Vaccination in Burma 1920-1933 - 1920-1933
Year: 1920
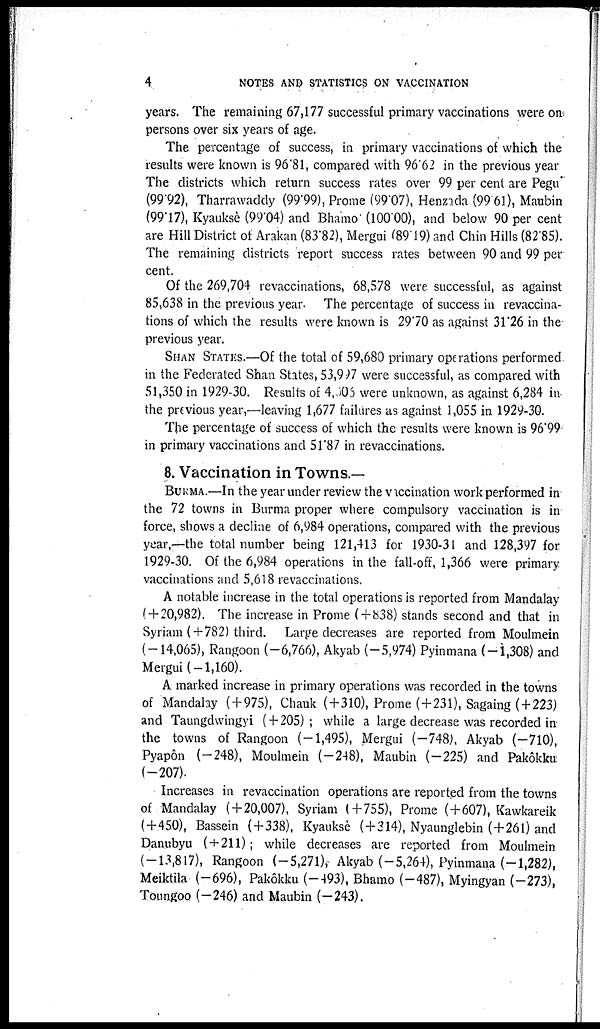
4
NOTES AND STATISTICS ON VACCINATION
years. The remaining 67,177 successful primary vaccinations were on
persons over six years of age.
The percentage of success, in primary vaccinations of which the
results were known is 96.81, compared with 96.62 in the previous year
The districts which return success rates over 99 per cent are Pegu
(99.92), Tharrawaddy (99.99), Prome (99.07), Henzada (99.61), Maubin
(99.17), Kyauksè (99.04) and Bhamo (100.00), and below 90 per cent
are Hill District of Arakan (83.82), Mergui (89.19) and Chin Hills (82.85).
The remaining districts report success rates between 90 and 99 per
cent.
Of the 269,704 revaccinations, 68,578 were successful, as against
85,638 in the previous year. The percentage of success in revaccina-
tions of which the results were known is 29.70 as against 31.26 in the
previous year.
SHAN STATES.—Of the total of 59,680 primary operations performed
in the Federated Shan States, 53,997 were successful, as compared with
51,350 in 1929-30. Results of 4,606 were unknown, as against 6,284 in
the previous year,—leaving 1,677 failures as against 1,055 in 1929-30.
The percentage of success of which the results were known is 96.99
in primary vaccinations and 51.87 in revaccinations.
8. Vaccination in Towns.—
BURMA.—In the year under review the vaccination work performed in
the 72 towns in Burma proper where compulsory vaccination is in
force, shows a decline of 6,984 operations, compared with the previous
year,—the total number being 121,413 for 1930-31 and 128,397 for
1929-30. Of the 6,984 operations in the fall-off, 1,366 were primary
vaccinations and 5,618 revaccinations.
A notable increase in the total operations is reported from Mandalay
( + 20,982). The increase in Prome (+838) stands second and that in
Syriam ( + 782) third. Large decreases are reported from Moulmein
(-14,065), Rangoon (-6,766), Akyab (-5,974) Pyinmana (—1,308) and
Mergui (-1,160).
A marked increase in primary operations was recorded in the towns
of Mandalay (+975), Chauk (+310), Prome (+231), Sagaing (+223)
and Taungdwingyi ( + 205); while a large decrease was recorded in
the towns of Rangoon (-1,495), Mergui (-748), Akyab (-710),
Pyapôn (-248), Moulmein (-248), Maubin (-225) and Pakôkku
(-207).
Increases in revaccination operations are reported from the towns
of Mandalay (+20,007), Syriam ( + 755), Prome (+607), Kawkareik
(+450), Bassein ( + 338), Kyauksè (+314), Nyaunglebin (+261) and
Danubyu (+211); while decreases are reported from Moulmein
(-13,817), Rangoon (-5,271),- Akyab (-5,264), Pyinmana (-1,282),
Meiktila (-696), Pakôkku (-493), Bhamo (-487), Myingyan (-273),
Toungoo (-246) and Maubin (-243).